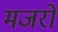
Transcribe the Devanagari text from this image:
मजरो